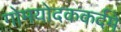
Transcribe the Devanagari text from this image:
गोमयोदककर्दमे